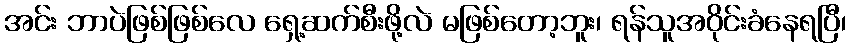
အင်း ဘာပဲဖြစ်ဖြစ်လေ ရှေ့ဆက်စီးဖို့လဲ မဖြစ်တော့ဘူး၊ ရန်သူအဝိုင်းခံနေရပြီ၊